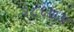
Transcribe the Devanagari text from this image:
२८६७अ